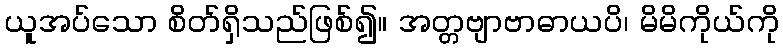
ယူအပ်သော စိတ်ရှိသည်ဖြစ်၍။ အတ္တဗျာဗာဓာယပိ၊ မိမိကိုယ်ကို